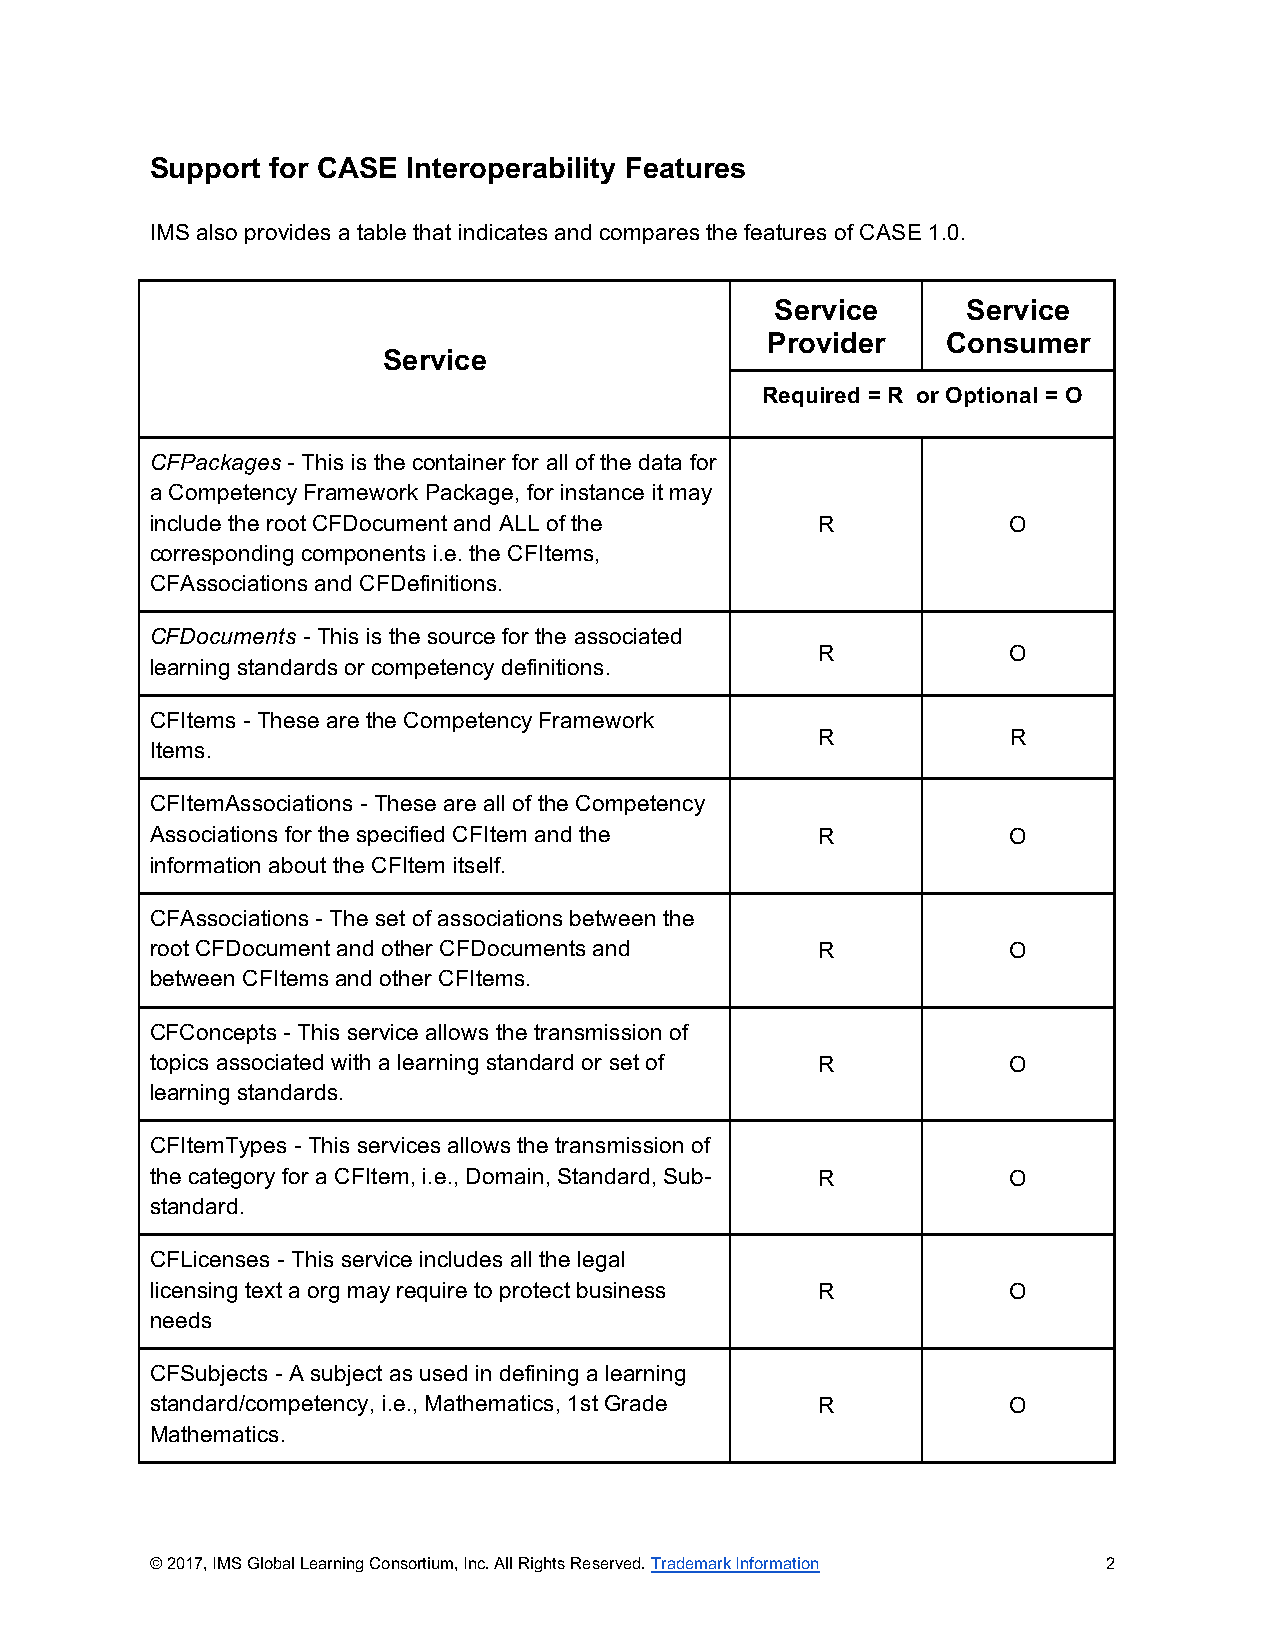
Support for CASE Interoperability Features
 IMS also provides a table that indicates and compares the features of CASE 1.0.
 Service      Service
 Provider    Consumer
 Service
 Required = R or Optional = O
 CFPackages - This is the container for all of the data for
 a Competency Framework Package, for instance it may
 include the root CFDocument and ALL of the  R            O
 corresponding components i.e. the CFItems,
 CFAssociations and CFDefinitions.
 CFDocuments - This is the source for the associated
 R            O
 learning standards or competency definitions.
 CFItems - These are the Competency Framework
 R            R
 Items.
 CFItemAssociations - These are all of the Competency
 Associations for the specified CFItem and the R          O
 information about the CFItem itself.
 CFAssociations - The set of associations between the
 root CFDocument and other CFDocuments and   R            O
 between CFItems and other CFItems.
 CFConcepts - This service allows the transmission of
 topics associated with a learning standard or set of R   O
 learning standards.
 CFItemTypes - This services allows the transmission of
 the category for a CFItem, i.e., Domain, Standard, Sub- R O
 standard.
 CFLicenses - This service includes all the legal
 licensing text a org may require to protect business R   O
 needs
 CFSubjects - A subject as used in defining a learning
 standard/competency, i.e., Mathematics, 1st Grade R      O
 Mathematics.
 © 2017, IMS Global Learning Consortium, Inc. All Rights Reserved. Trademark Information 2